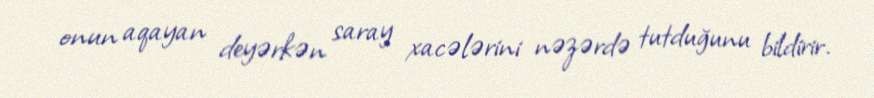
onun aqayan deyərkən saray xacələrini nəzərdə tutduğunu bildirir.